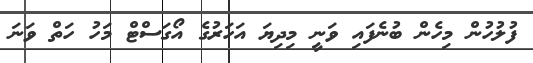
ފުލުހުން މިހެން ބުނެފައި ވަނީ މިދިޔަ އަހަރުގެ އޯގަސްޓް މަހު ހަތް ވަނަ